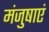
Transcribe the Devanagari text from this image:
मंजुषाएं